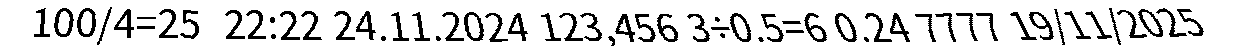
100/4=25  22:22 24.11.2024 123,456 3÷0.5=6 0.24 7777 19/11/2025